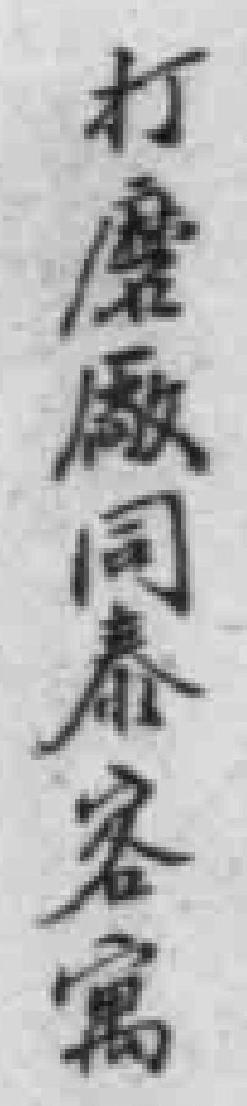
打磨廠同泰客寓